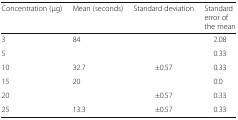
<table><thead><tr><td><b>Concentration (μg)</b></td><td><b>Mean (seconds)</b></td><td><b>Standard deviation</b></td><td><b>Standard error of the mean</b></td></tr></thead><tbody><tr><td>3</td><td>84</td><td>[EMPTY_CELL]</td><td>2.08</td></tr><tr><td>5</td><td>[EMPTY_CELL]</td><td>[EMPTY_CELL]</td><td>0.33</td></tr><tr><td>10</td><td>32.7</td><td>±0.57</td><td>0.33</td></tr><tr><td>15</td><td>20</td><td>[EMPTY_CELL]</td><td>0.0</td></tr><tr><td>20</td><td>[EMPTY_CELL]</td><td>±0.57</td><td>0.33</td></tr><tr><td>25</td><td>13.3</td><td>±0.57</td><td>0.33</td></tr></tbody></table>